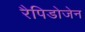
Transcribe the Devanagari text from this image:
रैपिडोजेन